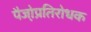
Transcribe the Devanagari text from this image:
पैजो़प्रतिरोधक